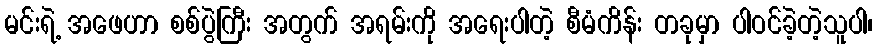
မင်းရဲ့ အဖေဟာ စစ်ပွဲကြီး အတွက် အရမ်းကို အရေးပါတဲ့ စီမံကိန်း တခုမှာ ပါဝင်ခဲ့တဲ့သူပါ၊